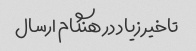
تاخیر زیاد در هنگام ارسال